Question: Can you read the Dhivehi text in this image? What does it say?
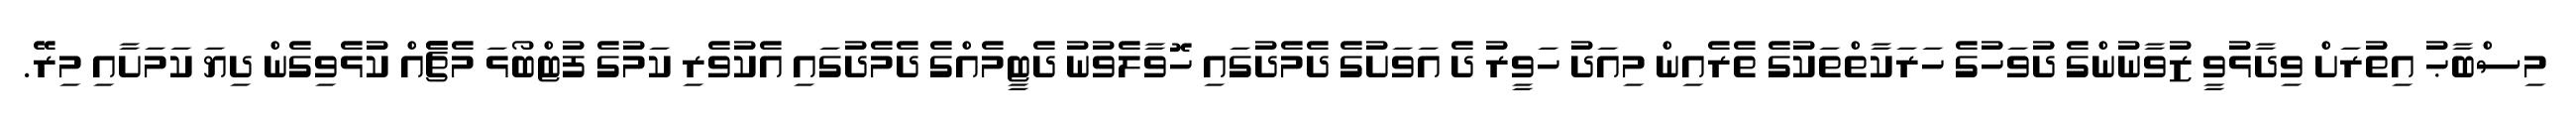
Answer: މިސްބާޙު އިތުރަށް ވިދާޅުވީ ޒުވާނުންގެ ދުވަހުގެ ހަރަކާތްތަކުގެ ތެރެއިން މިއަދު ހަވީރު ދެ އަވަށުގެ ދެމެދުގައި ހޮވާލެވުނު ދެޓީމެއްގެ ދެމެދުގައި އެކުވެރި ކަމުގެ ފުޓްބޯޅަ މެޗެެއް ކުޅެވިގެން ދިޔަ ކަމަށާއި މިރޭ.